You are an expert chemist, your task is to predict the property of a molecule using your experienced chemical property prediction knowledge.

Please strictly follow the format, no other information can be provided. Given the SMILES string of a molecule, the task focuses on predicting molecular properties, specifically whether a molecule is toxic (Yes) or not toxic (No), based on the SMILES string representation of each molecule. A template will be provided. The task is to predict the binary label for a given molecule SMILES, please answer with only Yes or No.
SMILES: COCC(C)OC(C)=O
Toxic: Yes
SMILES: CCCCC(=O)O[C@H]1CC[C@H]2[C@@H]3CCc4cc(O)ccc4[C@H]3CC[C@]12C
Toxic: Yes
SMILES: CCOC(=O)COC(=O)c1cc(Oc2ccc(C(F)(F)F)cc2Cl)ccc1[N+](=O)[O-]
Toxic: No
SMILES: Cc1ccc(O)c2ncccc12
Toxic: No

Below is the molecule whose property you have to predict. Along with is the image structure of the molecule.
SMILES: CC(=O)OCC(=O)[C@@]1(O)CCC2C3CCC4=CC(=O)CC[C@]4(C)C3[C@@H](O)C[C@@]21C
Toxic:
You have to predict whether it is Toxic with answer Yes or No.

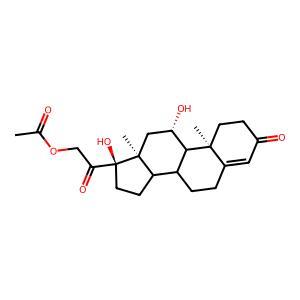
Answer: Yes